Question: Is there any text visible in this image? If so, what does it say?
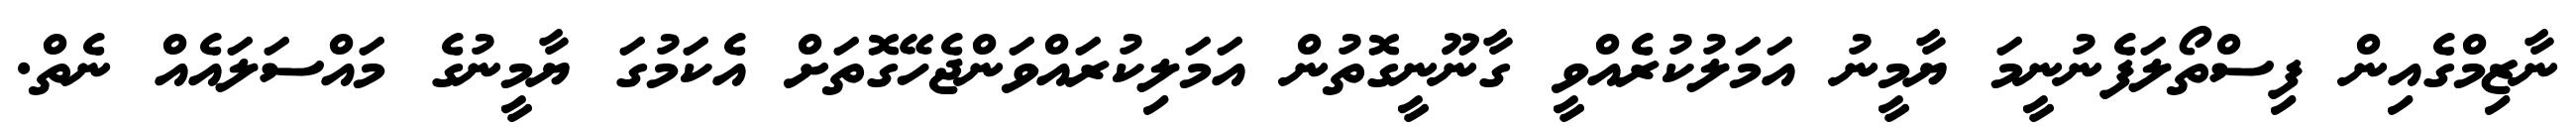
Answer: ނާޒިމްގެއިން ފިސްތޯލަފެނުނީމަ ޔާމީނު އަމަލުކުރެއްވީ ގާނޫނީގޮތުން އަމަލިކުރައްވަންޖެހޭގޮތަށް އެކަމުގަ ޔާމީނުގެ މައްސަލައެއް ނެތް.